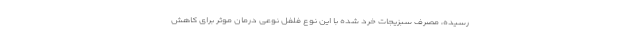
رسیده، مصرف سبزیجات خرد شده با این نوع فلفل نوعی درمان موثر برای کاهش